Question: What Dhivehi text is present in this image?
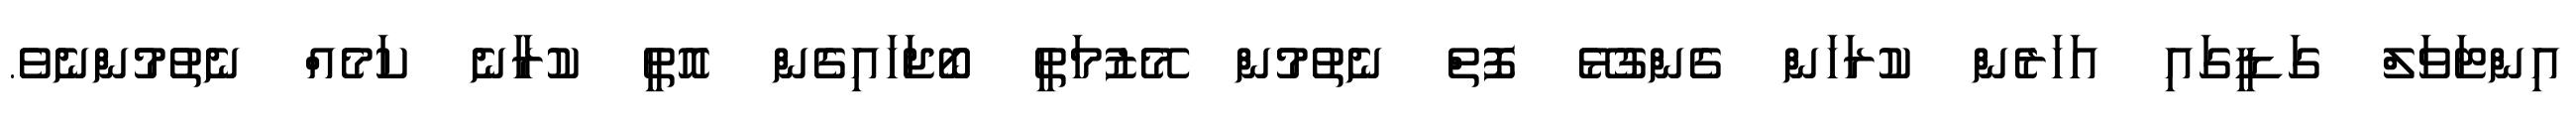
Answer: އިންޓަވަލް ގަޑީގައި އަހަރެން ކުރަހަން ގެންގުޅޭ ފޮތް ނެތުމުން މޭޒުމަތީ ބޯޖަހައިގެން އޮތީ ކުރާނެ ކަމެއް ނެތުމުންނެވެ.